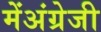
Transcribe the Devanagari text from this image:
मेंअंग्रेजी